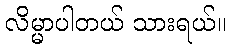
လိမ္မာပါတယ် သားရယ်။